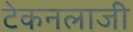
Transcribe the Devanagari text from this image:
टेकनलाजी